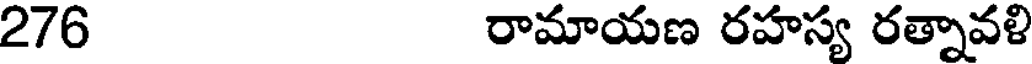
276 రామాయణ రహస్య రత్నావళి